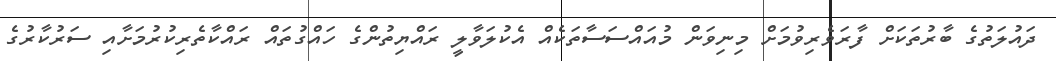
ދައުލަތުގެ ބާރުތަކަށް ފާރަވެރިވުމަށް މިނިވަން މުއައްސަސާތަކެއް އެކުލަވާލީ ރައްޔިތުންގެ ހައްގުތައް ރައްކާތެރިކުރުމަށާއި ސަރުކާރުގެ